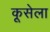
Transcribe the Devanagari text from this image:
कूसेला